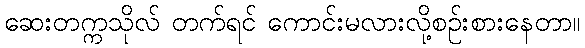
ဆေးတက္ကသိုလ် တက်ရင် ကောင်းမလားလို့စဉ်းစားနေတာ။